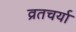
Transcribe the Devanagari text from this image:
व्रतचर्या